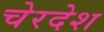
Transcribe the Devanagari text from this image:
चेरदेश